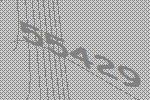
55429